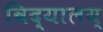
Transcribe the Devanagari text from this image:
विद्यालय्